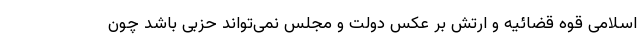
اسلامی قوه قضائیه و ارتش بر عکس دولت و مجلس نمی‌تواند حزبی باشد چون